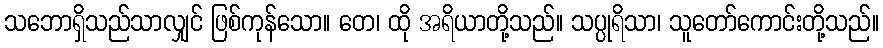
သဘောရှိသည်သာလျှင် ဖြစ်ကုန်သော။ တေ၊ ထို အရိယာတို့သည်။ သပ္ပုရိသာ၊ သူတော်ကောင်းတို့သည်။